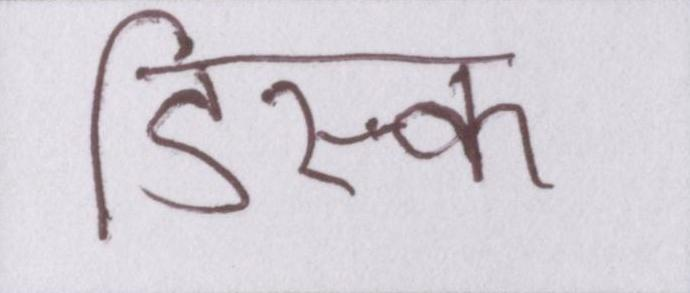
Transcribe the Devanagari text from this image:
डिस्क